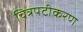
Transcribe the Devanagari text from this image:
चित्रपटीकरण